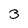
Character: 3